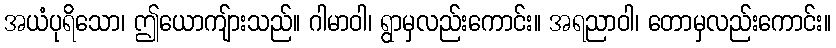
အယံပုရိသော၊ ဤယောကျ်ားသည်။ ဂါမာဝါ၊ ရွာမှလည်းကောင်း။ အရညာဝါ၊ တောမှလည်းကောင်း။